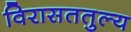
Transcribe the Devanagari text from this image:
विरासततुल्य